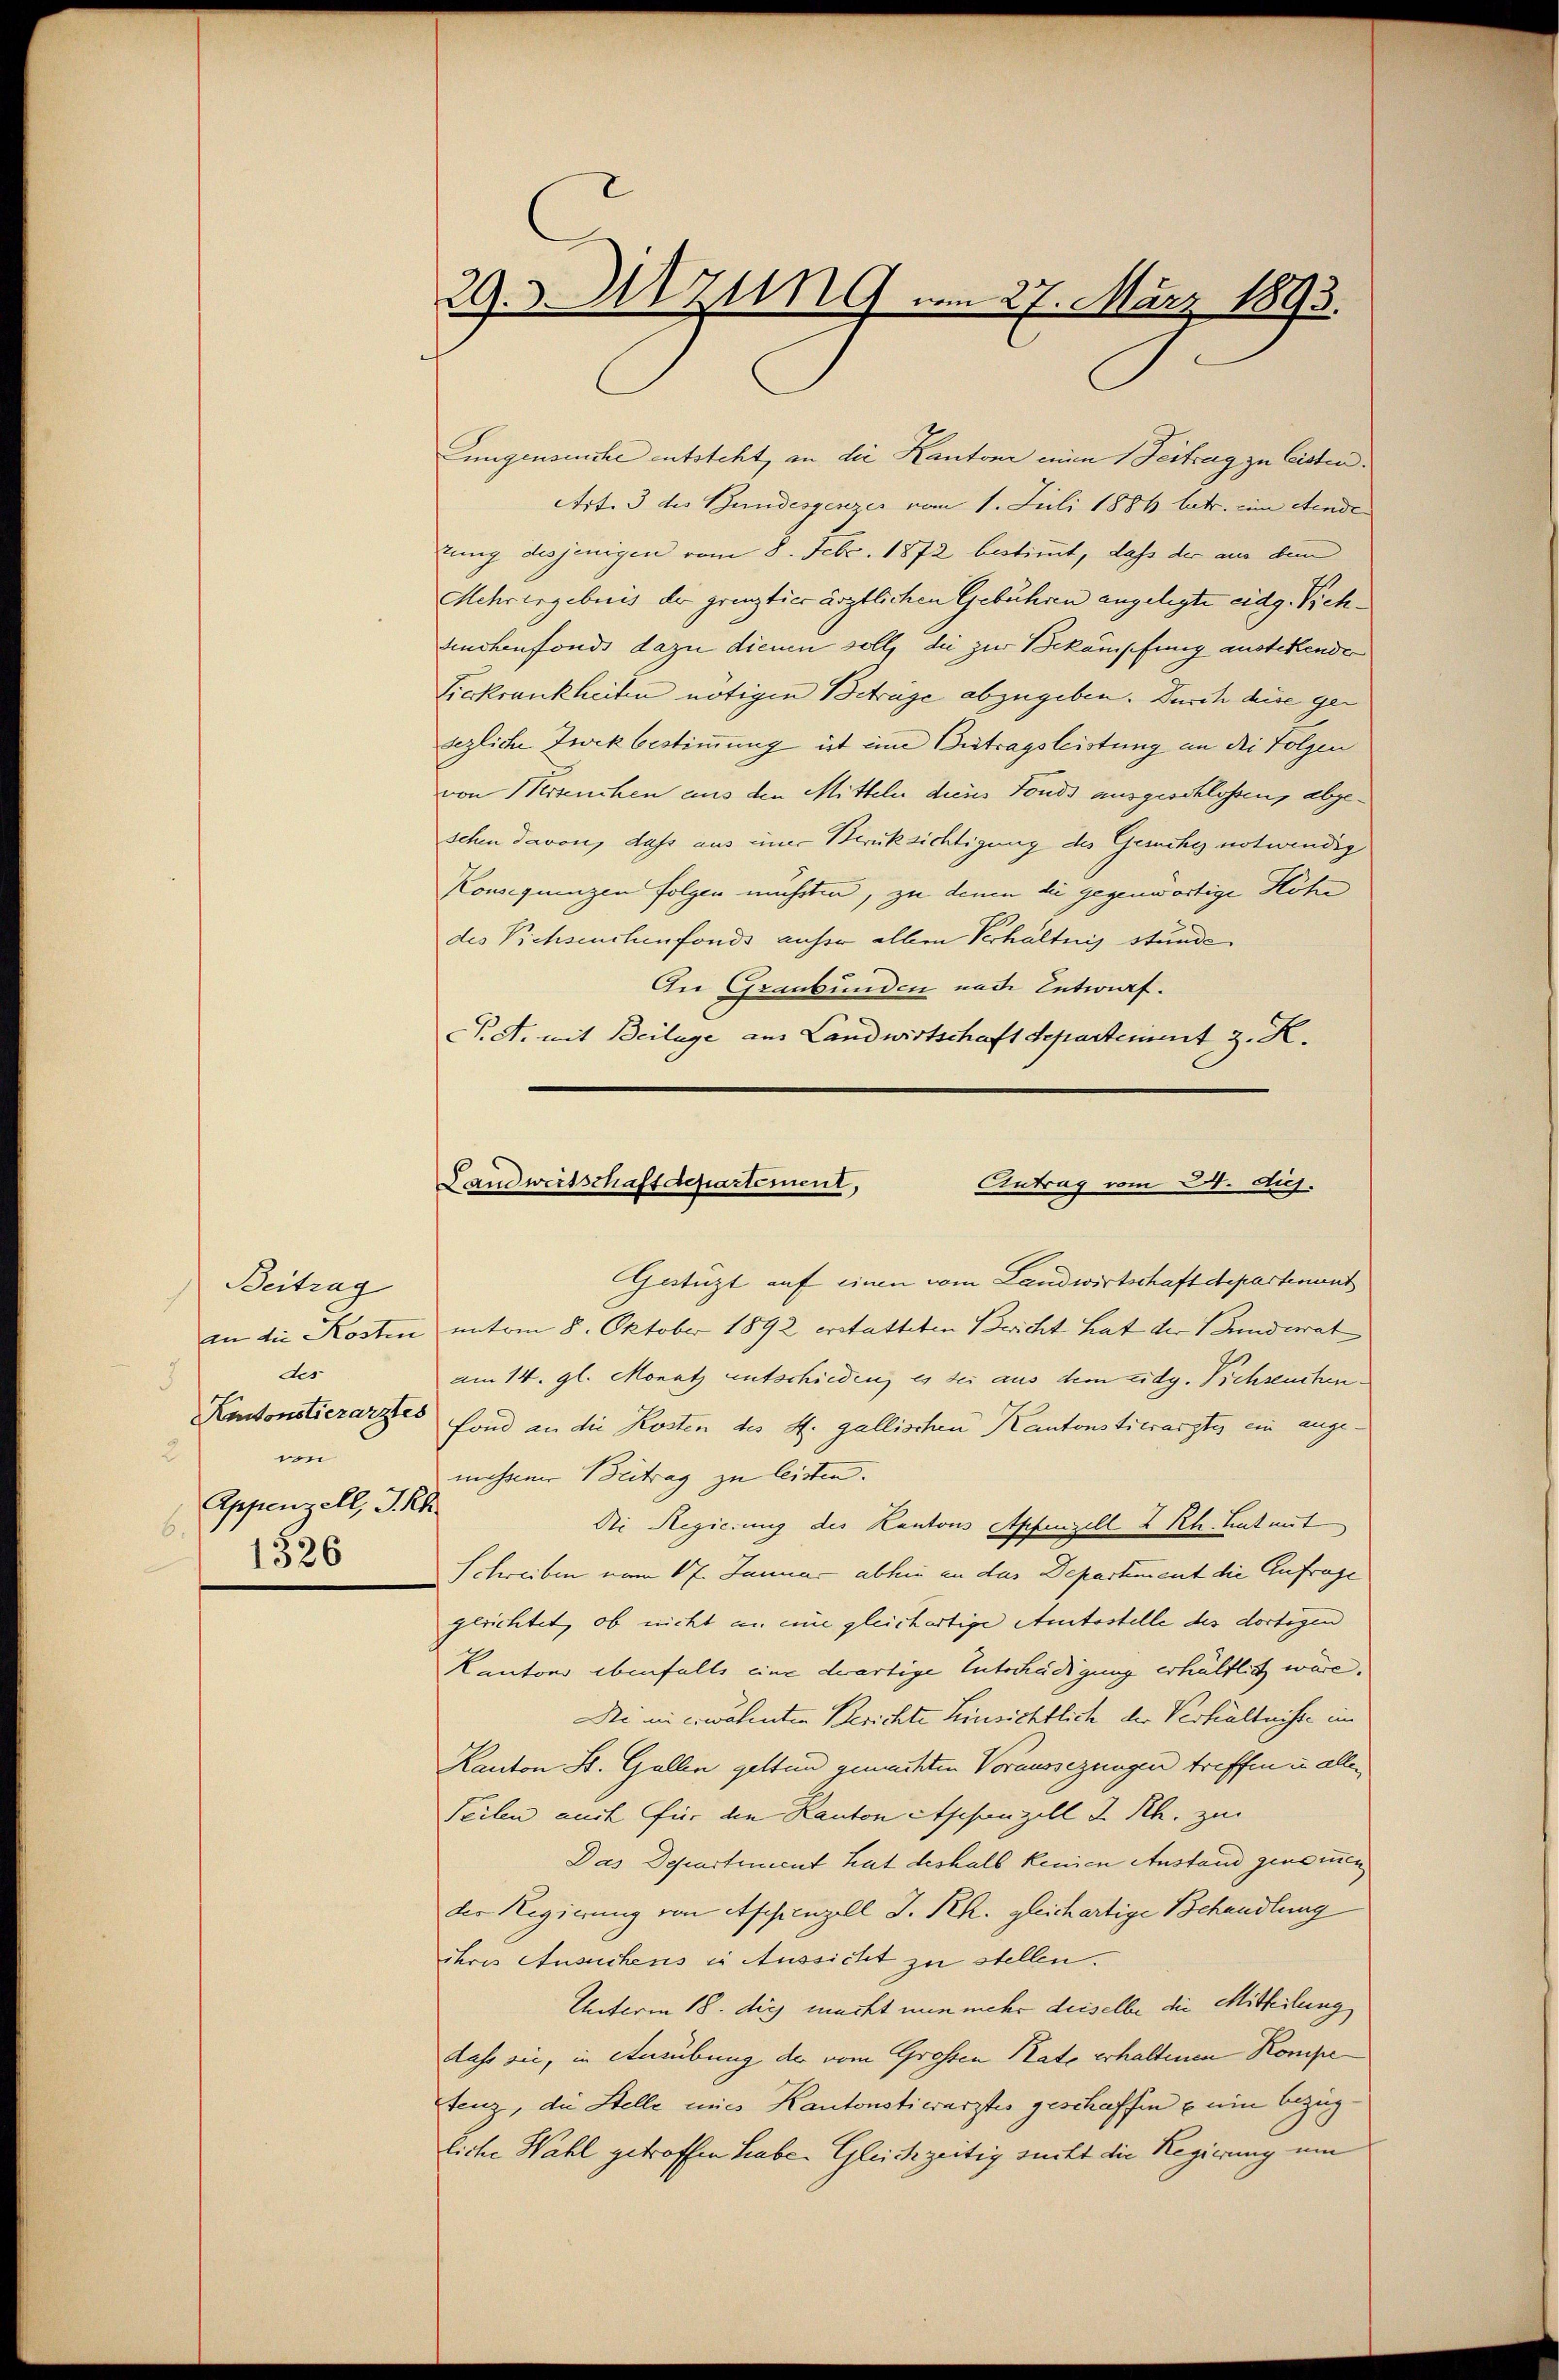
Beitrag
des
5
vn
Appenzell, J. Rh.
6.
1326

ungenseuche entsteht, an die Kantone einen 1 Feitrag zu Cisten.
Art. 3 des Bundesgenzer vom 1. Juli 1884 betr. um etende
lung desjenigen vom 8. Febr. 1872 bestimmt, daß der aus dem
Mehrengebuis der grenzties ärztlichen Gebühren angelegte eidg. Viehkuchenfonds dazu dienen soll, die zur Bekämpfung austehenden
Lickrankheiten nötigen Betrage abzugeben. Durch diese gesezliche Zwekbestimmung ist ime Betragsleistung an die Folgen
von Messenchen aus den Mitteln deins Fonds ausgeschlossen, abgeschen davon, dass aus einer Berücksichtigung des Gesuche notwendig
Konsequenzen folgen mühten, zu denen die gegenwärtige Höhe
des Viehseuchenfonds anher allen Verhältnis stunde
An Graubünden nach Entwurf.
P.S. mit Beilage aus Landwirtschaft departement z. R.

29. 3. Azung vom 27. März 1893.

Landweitschaft departement,
Antrag vom 24. dij.

Gestüzt auf einen vom Landwirtschaft departement
an die Kosten unterm 8. Oktober 1892 erstatteten Bericht hat der Bunderat |
am 14. gl. Monatz entschieden, es sei aus dem eidg. Viehseuchen
Kantonstierarztes fond an die Kosten des St. gallischen Kantonstierarztes ein angemessener Beitrag zu leisten.
Die Regierung des Kantons Appenzell & Rh. hat mit
Schreiben vom 17. Januar abhin an das Departiment die Anfrage
gerichtet, ob nicht an eine gleichartige Amtsstelle des dortigen
Kantons ebenfalls eine dartige Entschädigung erhältlich wäre.
Di in erwähnten Berichte Hinsichtlich der Verhältnisse im
Kanton St. Gallen gelten gemachten Voraussezungen treffen u. allen
Teilen auch für die Kanton Appenzell I. Rh. zu
Das Departement hat deshalb keinen Anstand genommen
der Regierung von Appenzell I. Rh. gleichartige Behandlung
ihres Ansuchens in Aussicht zu stellen.
Unterm 18. die macht nun mehr deiselbe die Mitteilung
dass sie, in Ausübung der vom Grossen Kate erhaltenen Kompetenz, die Stelle mies Kantonstierarztes geschaffen u ein bezüg¬
Eiche Wahl getroffen habe. Gleichzeitig sucht die Regierung um